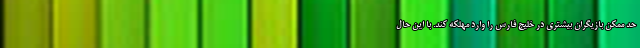
حد ممکن بازیگران بیشتری در خلیج فارس را وارد مهلکه کند. با این حال